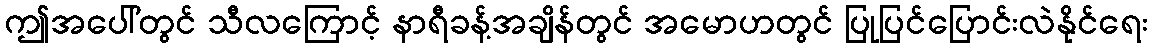
ဤအပေါ်တွင် သီလကြောင့် နာရီခန့်အချိန်တွင် အမောဟတွင် ပြုပြင်ပြောင်းလဲနိုင်ရေး